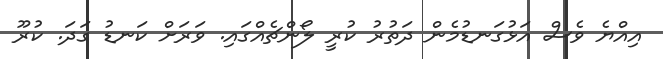
އިއްޔެ ވެސް އަޅުގަނޑުމެން ދަތުރު ކުރީ ލޯންޗެއްގައި. ވަރަށް ކަނޑު ގަދަ. ކުރޫ